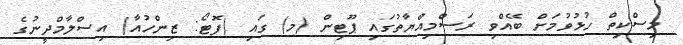
މިސްކިތް ހުޅުވުމަށް ބޭއްވި ރަސްމިއްޔާތުގައި ޕޫޓިން (މ) ގައި (ފޮޓޯ: ޒިންހުއާ) އިސްލާމްދީނުގެ